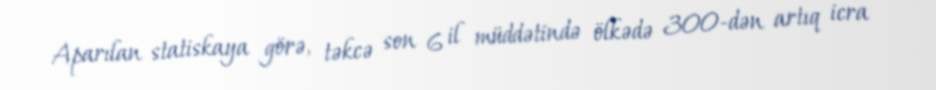
Aparılan statiskaya görə, təkcə son 6 il müddətində ölkədə 300-dən artıq icra